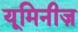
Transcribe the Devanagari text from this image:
यूमिनीज़